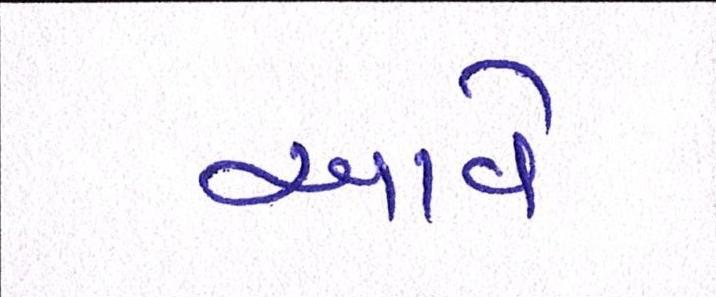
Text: આવેઃ